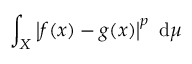
\int _ { X } \left| f ( x ) - g ( x ) \right| ^ { p } ~ \mathrm { d } \mu